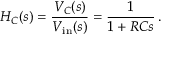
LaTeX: H _ { C } ( s ) = { \frac { V _ { C } ( s ) } { V _ { \mathrm { i n } } ( s ) } } = { \frac { 1 } { 1 + R C s } } \, .